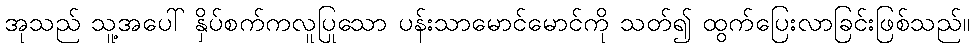
အုသည် သူ့အပေါ် နှိပ်စက်ကလူပြုသော ပန်းသာမောင်မောင်ကို သတ်၍ ထွက်ပြေးလာခြင်းဖြစ်သည်။